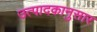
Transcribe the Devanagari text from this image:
उत्पादकानुसार